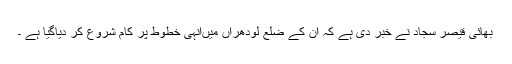
بھائی قیصر سجاد نے خبر دی ہے کہ ان کے ضلع لودھراں میںانہی خطوط پر کام شروع کر دیاگیا ہے ۔